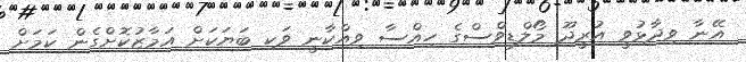
އޭނާ ވިދާޅުވީ އުރީދޫ މޯލްޑިވްސްގެ ހިއްސާ ވިއްކާނީ ވަކި ބަޔަކަށް އަމާޒުކޮށްގެން ކަމަށް